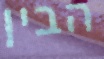
הבין